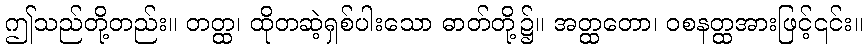
ဤသည်တို့တည်း။ တတ္ထ၊ ထိုတဆဲ့ရှစ်ပါးသော ဓာတ်တို့၌။ အတ္ထတော၊ ဝစနတ္ထအားဖြင့်၎င်း။